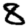
Digit: 8